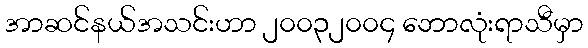
အာဆင်နယ်အသင်းဟာ ၂၀၀၃၂၀၀၄ ဘောလုံးရာသီမှာ